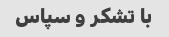
با تشکر و سپاس